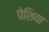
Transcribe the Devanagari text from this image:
पेशिया